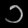
Digit: ၁